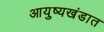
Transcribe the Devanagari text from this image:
आयुष्यखंडात